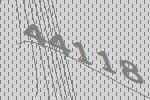
44118